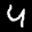
Label: 4